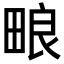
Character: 𬏊